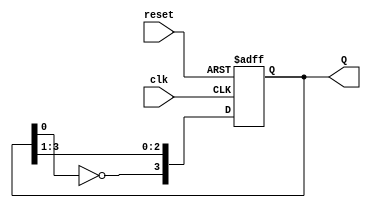
module JohnsonCounter (
    input wire clk,          // Clock input
    input wire reset,        // Asynchronous reset
    output reg [3:0] Q       // Output state of the counter
);

    always @(posedge clk or posedge reset) begin
        if (reset) begin
            Q <= 4'b0000;    // Reset state
        end else begin
            // Johnson counter logic
            Q[3] <= ~Q[0];    // FF0 gets inverted value of FF3
            Q[2] <= Q[3];     // FF1 gets value from FF0
            Q[1] <= Q[2];     // FF2 gets value from FF1
            Q[0] <= Q[1];     // FF3 gets value from FF2
        end
    end

endmodule